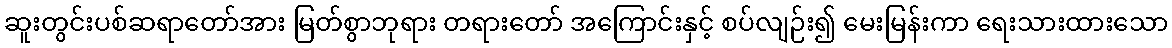
ဆူးတွင်းပစ်ဆရာတော်အား မြတ်စွာဘုရား တရားတော် အကြောင်းနှင့် စပ်လျဉ်း၍ မေးမြန်းကာ ရေးသားထားသော